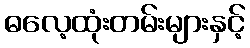
ဓလေ့ထုံးတမ်းများနှင့်